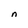
Character: n